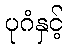
ပုဂံနှင့်